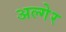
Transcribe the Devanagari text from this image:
अल्गेर